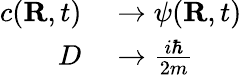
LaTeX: \begin{array}{rl}{c(\mathbf{R},t)}&{{}\to\psi(\mathbf{R},t)}\\ {D}&{{}\to{\frac{i\hbar}{2m}}}\end{array}